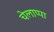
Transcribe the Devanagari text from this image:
चेलाप्पा